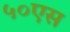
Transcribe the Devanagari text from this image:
५०एस